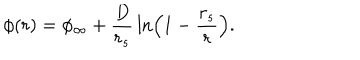
LaTeX: \phi ( r ) = \phi _ { \infty } + { \frac { D } { r _ { s } } } \ln \left( 1 - { \frac { r _ { s } } { r } } \right) .